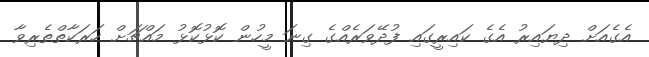
އެގެއަށް ދިޔައިރު އެގެ ކައިރީގައި ފުދޭވަރެއްގެ ގިނަ މީހުން ކޮޅުކޮޅު މައްޗަށް ހަރަކާތްތެރިވާ